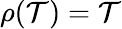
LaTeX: \rho(\mathcal{T})=\mathcal{T}